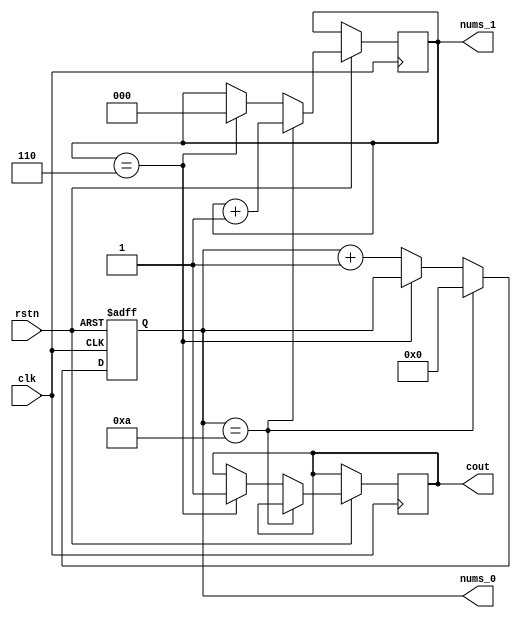
module timer (
    input clk,
    input rstn,
    output reg [3:0] nums_0, 
    output reg [2:0] nums_1,
    output reg cout 

);

initial begin
    nums_0 <= 4'b0000;
    nums_1 <= 3'b000;
    cout <= 0;
end

always @(posedge clk or negedge rstn) begin
    if (!rstn) 
        begin
            nums_0 <= 4'b0000;
        end
    else if(nums_0 == 4'b1010)
        begin
            nums_1 <= nums_1 + 4'b0001;
            nums_0 <= 4'b0000;
        end
    else if(nums_1 == 3'b110) begin
        nums_1 <= 0;
        cout <= 1;
    end
    else
        begin
            nums_0 <= nums_0 + 4'b0001;
        end
end

endmodule //timer